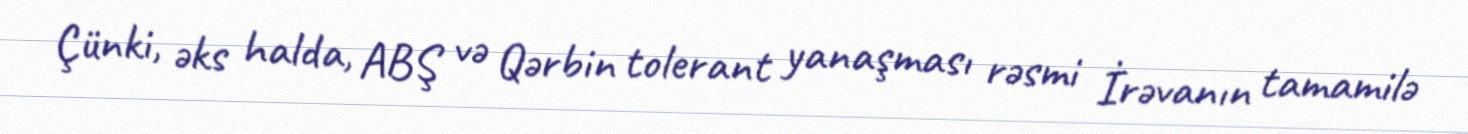
Çünki, əks halda, ABŞ və Qərbin tolerant yanaşması rəsmi İrəvanın tamamilə